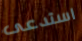
استدعى